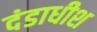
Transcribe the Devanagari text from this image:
दंडाधीश